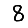
Digit: 8